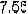
7.55